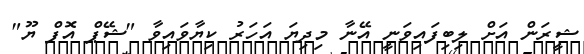
ޝީރަން އަށް ލިބިފައިވަނީ އޭނާ މިދިޔަ އަހަރު ކިޔާވައިވާ "ޝޭޕް އޮފް ޔޫ"